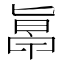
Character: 𠤞